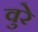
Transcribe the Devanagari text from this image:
वुरे